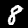
Label: 8